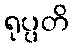
ရုပ္ပတိ